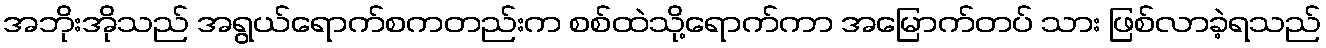
အဘိုးအိုသည် အရွယ်ရောက်စကတည်းက စစ်ထဲသို့ရောက်ကာ အမြောက်တပ် သား ဖြစ်လာခဲ့ရသည်